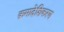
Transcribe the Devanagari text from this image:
क्रमादेशिकरण